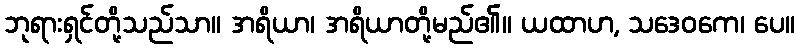
ဘုရားရှင်တို့သည်သာ။ အရိယာ၊ အရိယာတို့မည်၏။ ယထာဟ, သဒေဝကေ၊ ပေ။